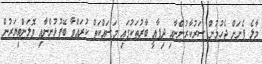
މާލެ ފެނަށް ޖެހުމުން ސަރުކާރުންނާއި ދިފާއީ ބާރުތަކުގައި މަސައްކަތް ކުރައްވާ ބޭފުޅުންނާއި ވޮލަންޓިޔަރުން